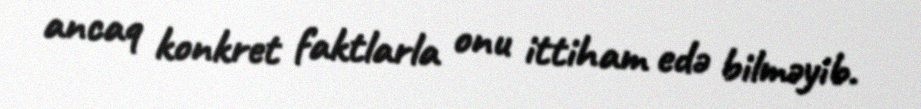
ancaq konkret faktlarla onu ittiham edə bilməyib.